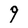
Character: 9